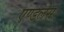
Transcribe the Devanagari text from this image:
एण्डलेस